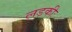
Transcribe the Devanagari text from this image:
लड़कीः